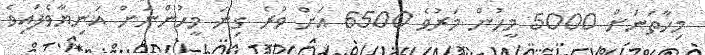
މިހާތަނަށް 5000 މީހުން މަރުވެ 6500 އަށް ވުރެ ގިނަ މީހުންނަށް އަނިޔާވެފައިވެ